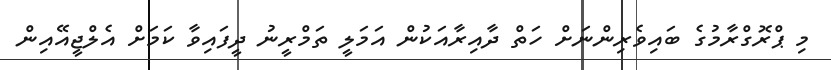
މި ޕްރޮގްރާމުގެ ބައިވެރިންނަށް ހަތް ދާއިރާއަކުން އަމަލީ ތަމްރީނު ދީފައިވާ ކަމަށް އެލްޖީއޭއިން